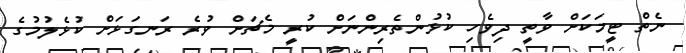
ނެތް ޓީމަކަށް ވާތީ ދިވެހި ކުޅުންތެރިންނަށް ކުރީ މެޗަށް ވުރެ ރަނގަޅަށް ކުޅެލުމުގެ